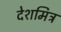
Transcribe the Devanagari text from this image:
देशमित्र